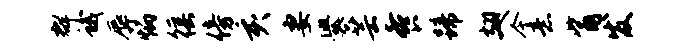
群蛾辱炳徭傍亥妻爨芸餐蹄翅今意觜发